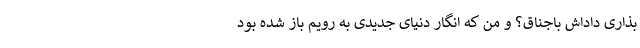
بذاری داداش باجناق؟ و من که انگار دنیای جدیدی به رویم باز شده بود